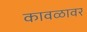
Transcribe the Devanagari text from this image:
कावळावर